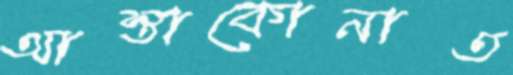
আস্তাকোনাত